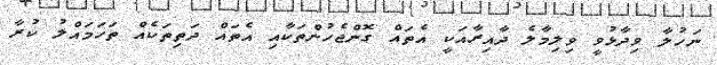
ނަހުލާ ވިދާޅުވީ ވިލިމާލެ ދާއިރާއަކީ އެތައް ގޮންޖެހުންތަކާއި އެތައް ދަތިތަކެއް ތަހަމައްލު ކުރާ